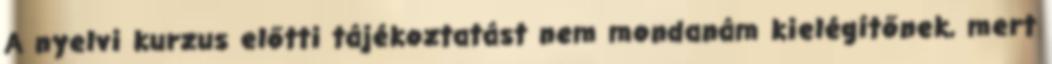
A nyelvi kurzus előtti tájékoztatást nem mondanám kielégítőnek, mert